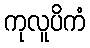
ကုလူပိကံ